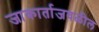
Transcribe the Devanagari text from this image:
जाकार्ताजवळील